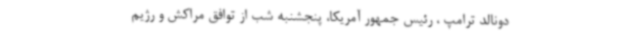
دونالد ترامپ ، رئیس جمهور آمریکا، پنجشنبه شب از توافق مراکش و رژیم